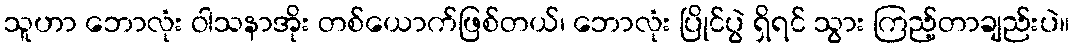
သူဟာ ဘောလုံး ဝါသနာအိုး တစ်ယောက်ဖြစ်တယ်၊ ဘောလုံး ပြိုင်ပွဲ ရှိရင် သွား ကြည့်တာချည်းပဲ။